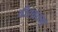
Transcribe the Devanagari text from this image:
वीरव्रतम्‌